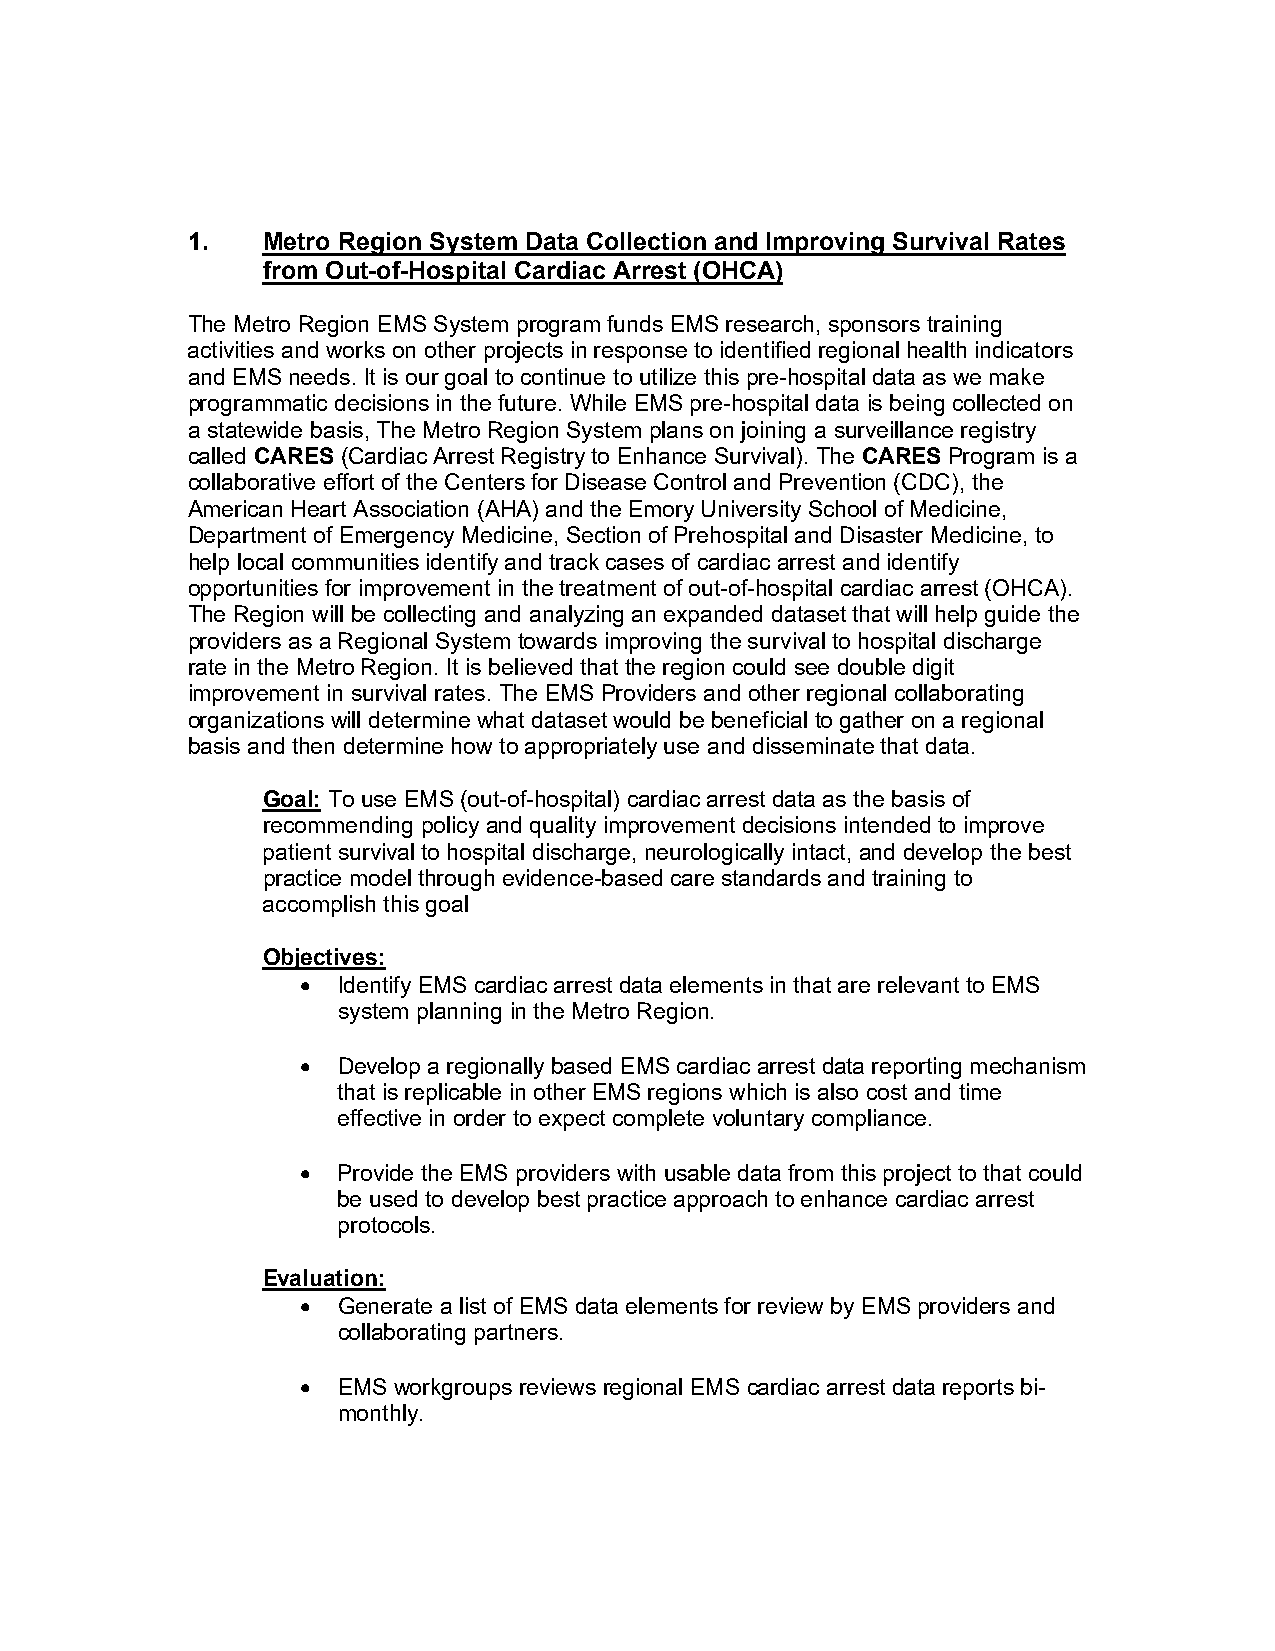
1.   Metro Region System Data Collection and Improving Survival Rates
 from Out-of-Hospital Cardiac Arrest (OHCA)
 The Metro Region EMS System program funds EMS research, sponsors training
 activities and works on other projects in response to identified regional health indicators
 and EMS needs. It is our goal to continue to utilize this pre-hospital data as we make
 programmatic decisions in the future. While EMS pre-hospital data is being collected on
 a statewide basis, The Metro Region System plans on joining a surveillance registry
 called CARES (Cardiac Arrest Registry to Enhance Survival). The CARES Program is a
 collaborative effort of the Centers for Disease Control and Prevention (CDC), the
 American Heart Association (AHA) and the Emory University School of Medicine,
 Department of Emergency Medicine, Section of Prehospital and Disaster Medicine, to
 help local communities identify and track cases of cardiac arrest and identify
 opportunities for improvement in the treatment of out-of-hospital cardiac arrest (OHCA).
 The Region will be collecting and analyzing an expanded dataset that will help guide the
 providers as a Regional System towards improving the survival to hospital discharge
 rate in the Metro Region. It is believed that the region could see double digit
 improvement in survival rates. The EMS Providers and other regional collaborating
 organizations will determine what dataset would be beneficial to gather on a regional
 basis and then determine how to appropriately use and disseminate that data.
 Goal: To use EMS (out-of-hospital) cardiac arrest data as the basis of
 recommending policy and quality improvement decisions intended to improve
 patient survival to hospital discharge, neurologically intact, and develop the best
 practice model through evidence-based care standards and training to
 accomplish this goal
 Objectives:
 • Identify EMS cardiac arrest data elements in that are relevant to EMS
 system planning in the Metro Region.
 • Develop a regionally based EMS cardiac arrest data reporting mechanism
 that is replicable in other EMS regions which is also cost and time
 effective in order to expect complete voluntary compliance.
 • Provide the EMS providers with usable data from this project to that could
 be used to develop best practice approach to enhance cardiac arrest
 protocols.
 Evaluation:
 • Generate a list of EMS data elements for review by EMS providers and
 collaborating partners.
 • EMS workgroups reviews regional EMS cardiac arrest data reports bi-
 monthly.